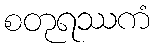
စတုရဿကံ